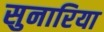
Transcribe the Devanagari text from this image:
सुनारिया